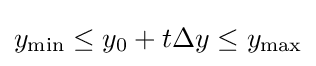
y_{\text{min}}\leq y_{0}+t\Delta y\leq y_{\text{max}}